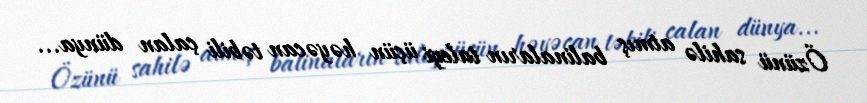
Özünü sahilə atmış balinaların taleyi üçün həyəcan təbili çalan dünya...